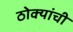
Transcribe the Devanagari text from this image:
ठोक्यांची